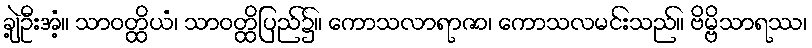
ချဲ့ဦးအံ့။ သာဝတ္ထိယံ၊ သာဝတ္ထိပြည်၌။ ကောသလာရာဇာ၊ ကောသလမင်းသည်။ ဗိမ္ဗိသာရဿ၊